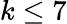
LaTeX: k\leq 7